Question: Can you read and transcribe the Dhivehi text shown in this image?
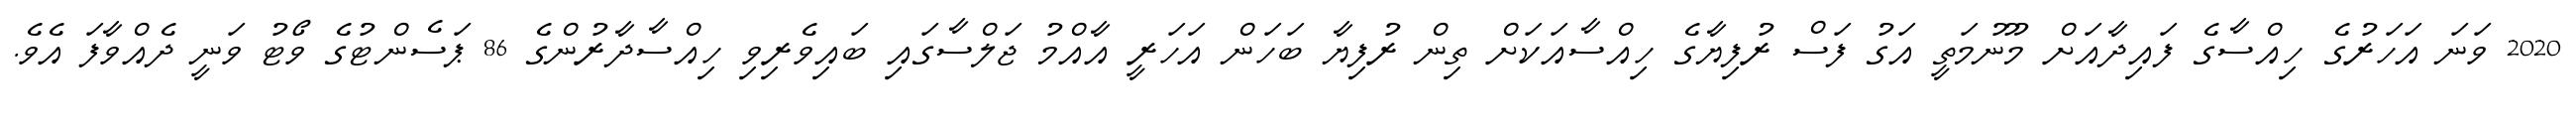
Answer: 2020 ވަނަ އަހަރުގެ ހިއްސާގެ ފައިދާއަށް މޫނުމަތީ އަގު ފަސް ރުފިޔާގެ ހިއްސާއަކަށް ތިން ރުފިޔާ ބަހަން އަހަރީ އާއްމު ޖަލްސާގައި ބައިވެރިވި ހިއްސާދާރުންގެ 86 ޕަސެންޓުގެ ވޯޓު ވަނީ ދެއްވާފަ އެވެ.